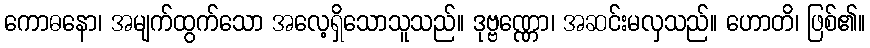
ကောဓနော၊ အမျက်ထွက်သော အလေ့ရှိသောသူသည်။ ဒုဗ္ဗဏ္ဏော၊ အဆင်းမလှသည်။ ဟောတိ၊ ဖြစ်၏။